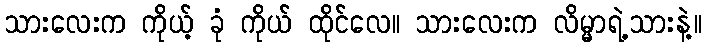
သားလေးက ကိုယ့် ခုံ ကိုယ် ထိုင်လေ။ သားလေးက လိမ္မာရဲ့သားနဲ့။